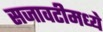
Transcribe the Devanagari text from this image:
सजावटीमध्ये